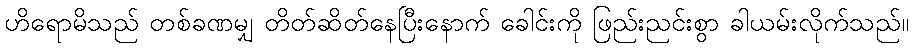
ဟိရောမိသည် တစ်ခဏမျှ တိတ်ဆိတ်နေပြီးနောက် ခေါင်းကို ဖြည်းညင်းစွာ ခါယမ်းလိုက်သည်။